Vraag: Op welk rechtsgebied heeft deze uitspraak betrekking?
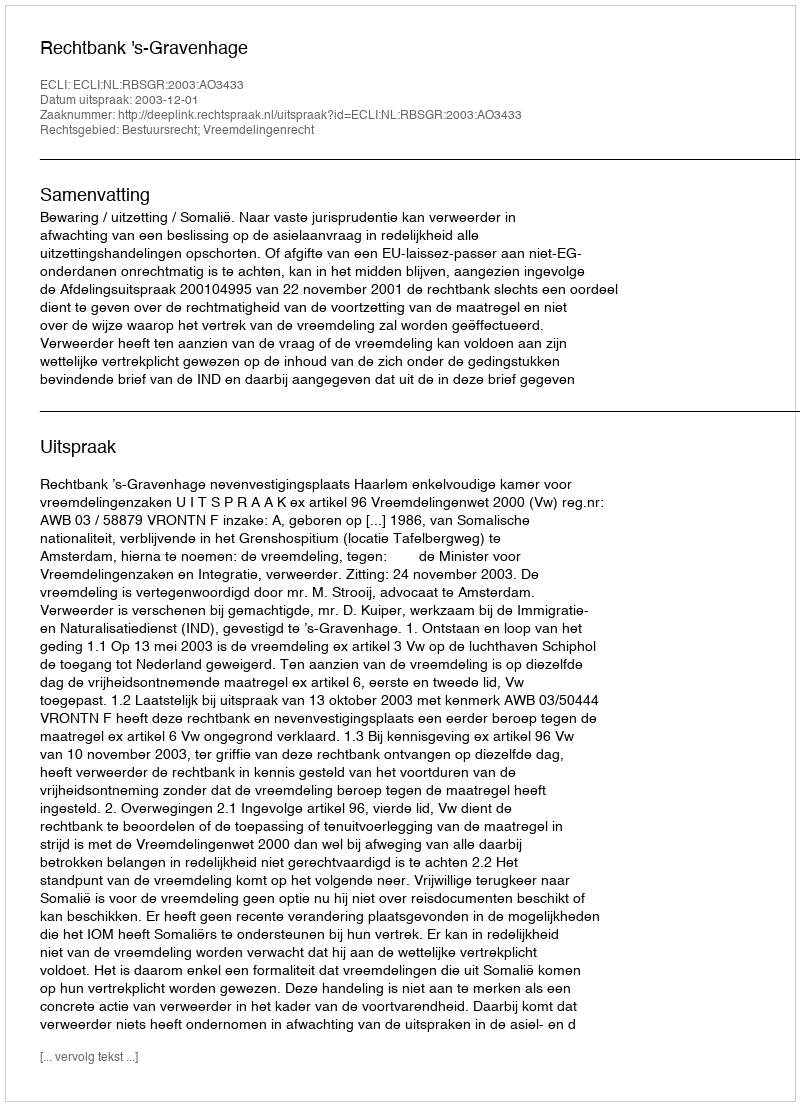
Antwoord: Bestuursrecht; Vreemdelingenrecht